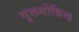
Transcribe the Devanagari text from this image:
गुरूगोविन्द